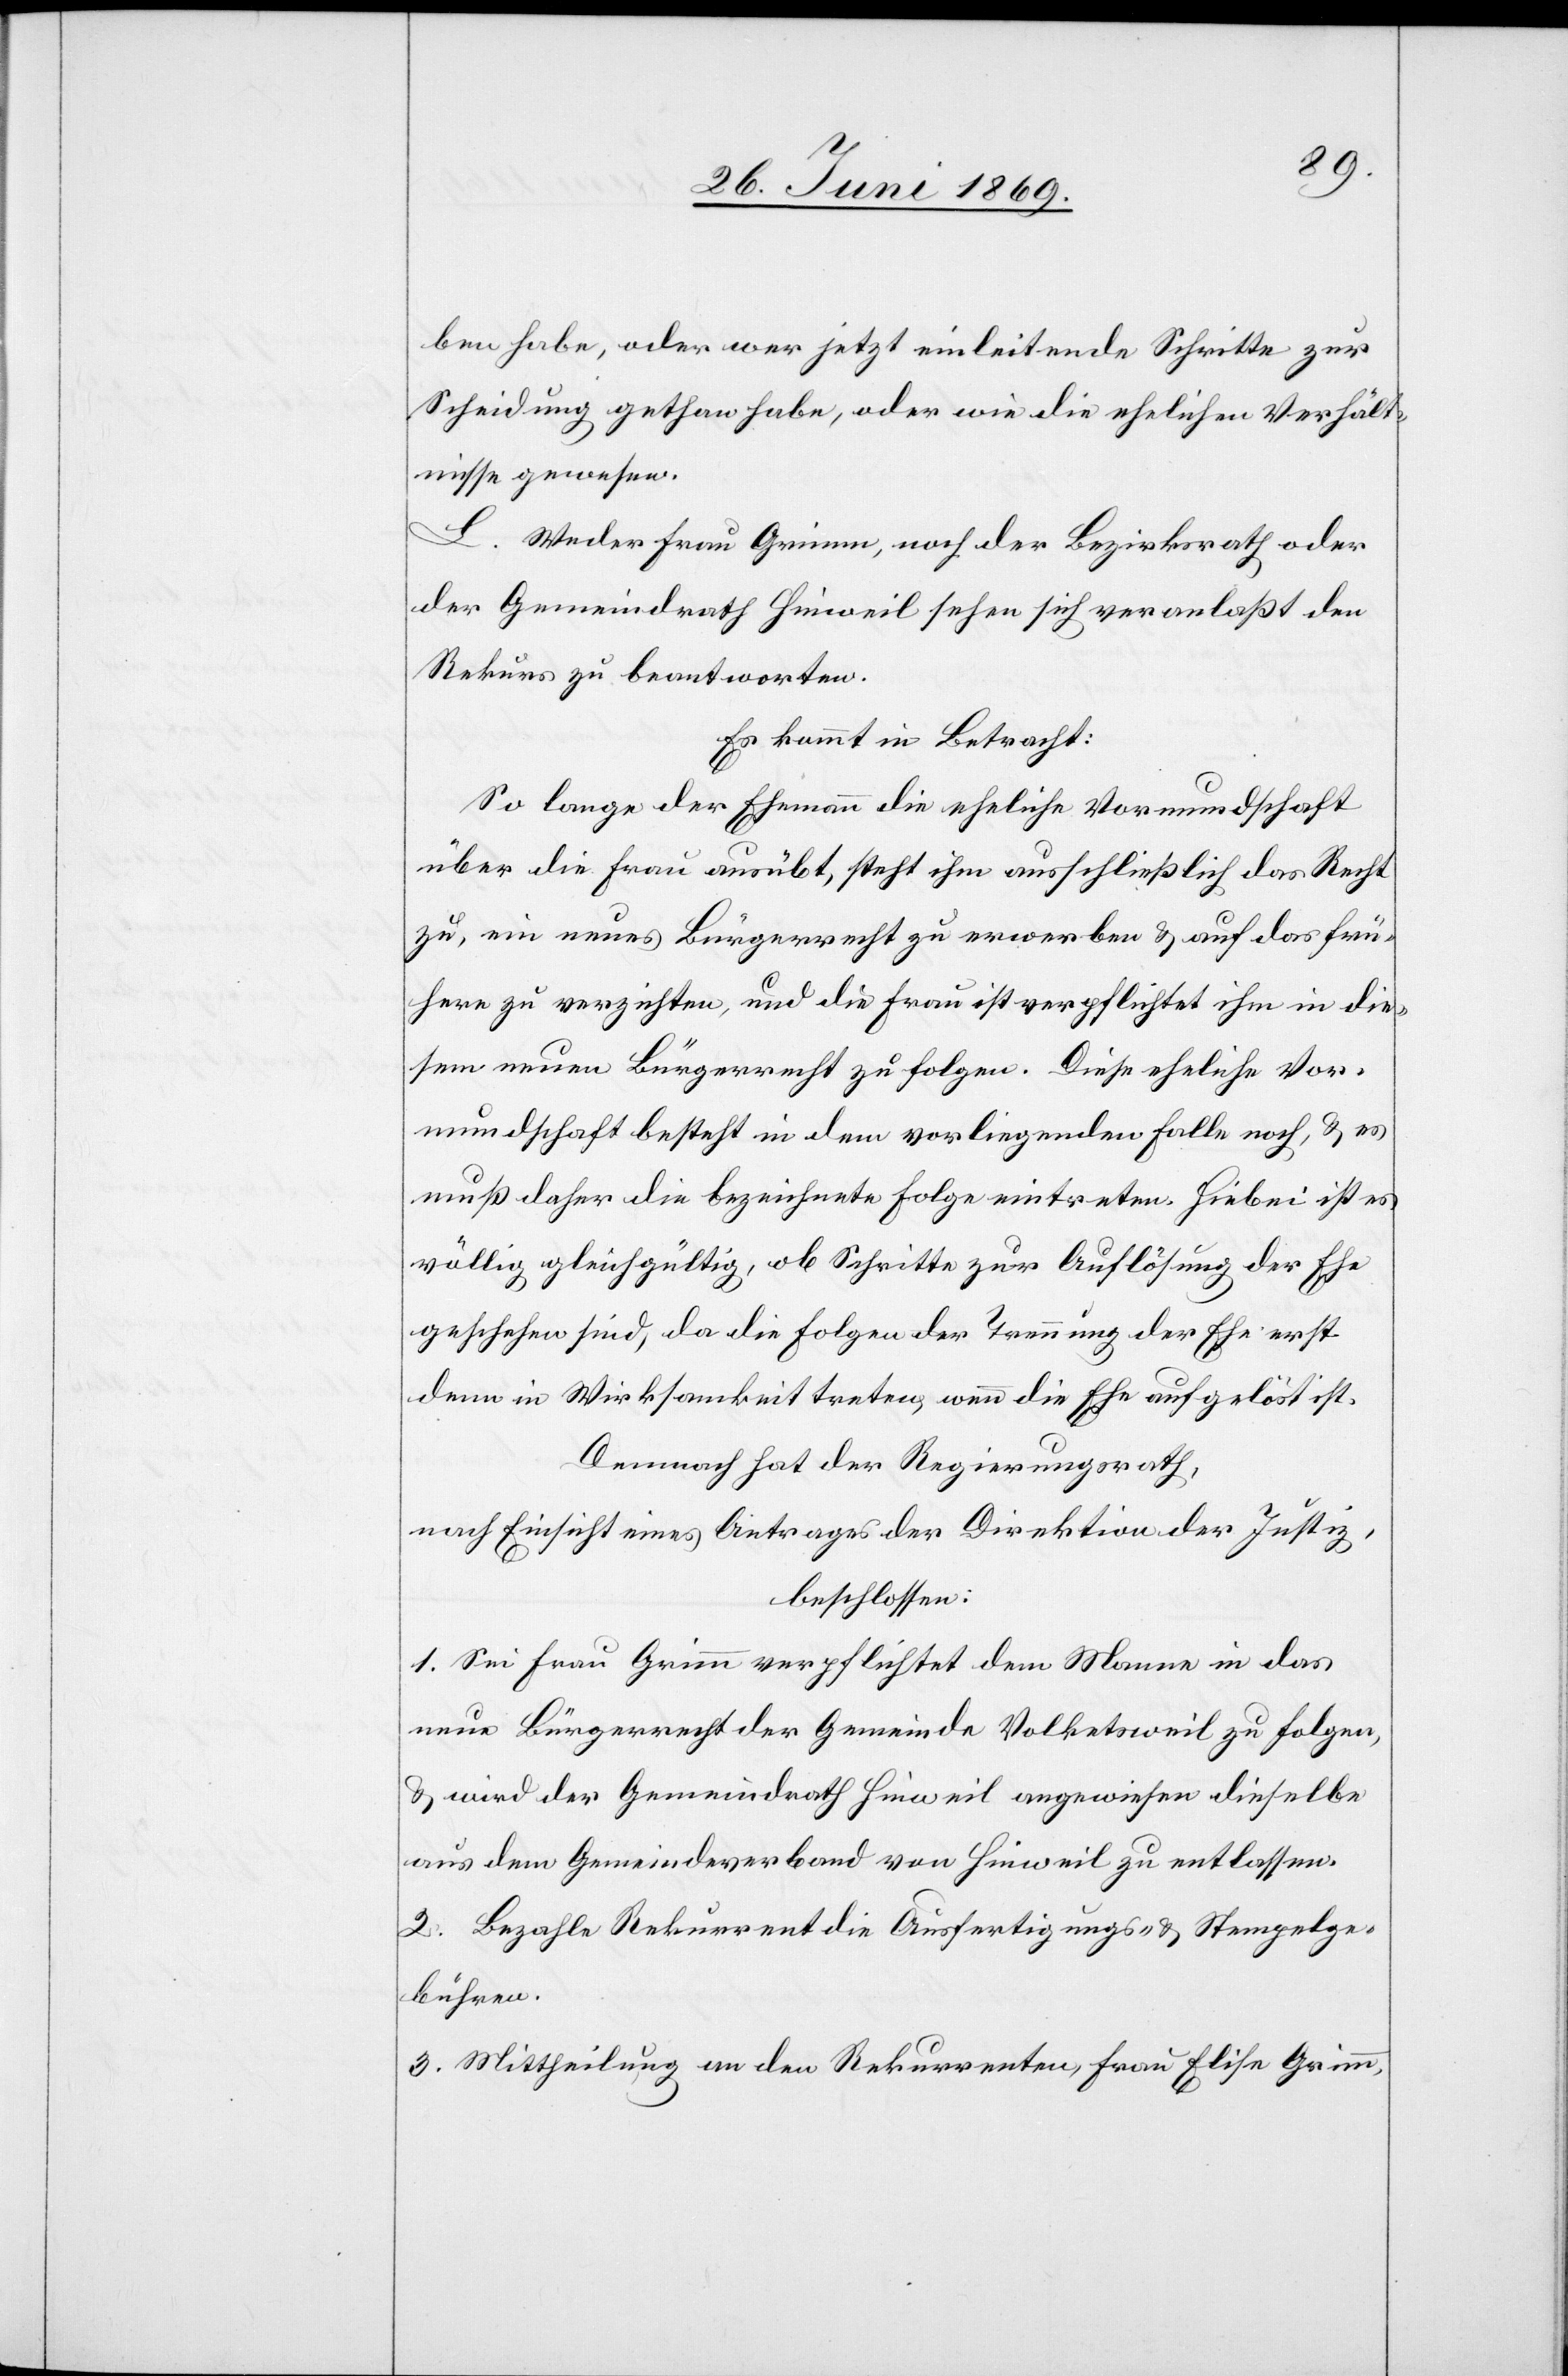
ben habe, oder wer jetzt einleitende Schritte zur
Scheidung gethan habe, oder wie die ehelichen Verhält¬
nisse gewesen.
L. Weder Frau Grimm, noch der Bezirksrath oder
der Gemeindrath Hinweil sehen sich veranlaßt den
Rekurs zu beantworten.
Es kommt in Betracht:
So lange der Ehemann die eheliche Vormundschaft
über die Frau ausübt, steht ihm ausschließlich das Recht
zu, ein neues Bürgerrecht zu erwerben u. auf das frü¬
here zu verzichten, und die Frau ist verpflichtet ihm in die¬
sem neuen Bürgerrecht zu folgen. Die eheliche Vor¬
mundschaft besteht in dem vorliegenden Falle noch, u. es
muß daher die bezeichnete Folge eintreten. Hiebei ist es
völlig gleichgültig, ob Schritte zur Auflösung der Ehe
geschehen sind, da die Folgen der Trennung der Ehe erst
denn in Wirksamkeit treten, wenn die Ehe aufgelöst ist.
Dennoch hat der Regierungsrath,
nach Einsicht eines Antrages der Direktion der Justiz,
beschlossen:
1. Sei Frau Grimm verpflichtet dem Manne in das
neue Bürgerrecht der Gemeinde Volketsweil zu folgen,
u. wird der Gemeindrath Hinweil angewiesen dieselbe
aus dem Gemeindeverband von Hinweil zu entlassen.
2. Bezahle Rekurrent die Ausfertigungs- u. Stempelge¬
bühren.
3. Mittheilung an den Rekurrenten, Frau Elise Grimm,